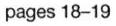
pages 18-19